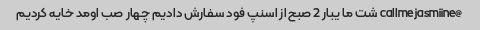
@callmejasmiine شت ما یبار 2 صبح از اسنپ فود سفارش دادیم چهار صب اومد خایه کردیم